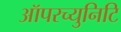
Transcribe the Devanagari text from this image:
ऑपरच्युनिटि